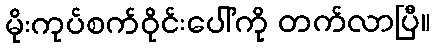
မိုးကုပ်စက်ဝိုင်းပေါ်ကို တက်လာပြီ။